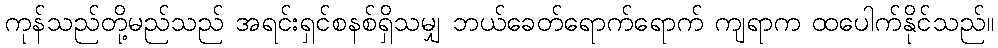
ကုန်သည်တို့မည်သည် အရင်းရှင်စနစ်ရှိသမျှ ဘယ်ခေတ်ရောက်ရောက် ကျရာက ထပေါက်နိုင်သည်။